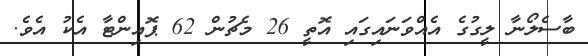
ބާސެލޯނާ ލީގުގެ އެއްވަނައިގައި އޮތީ 26 މެޗުން 62 ޕޮއިންޓާ އެކު އެވެ.